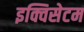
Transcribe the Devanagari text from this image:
इक्विसेटम